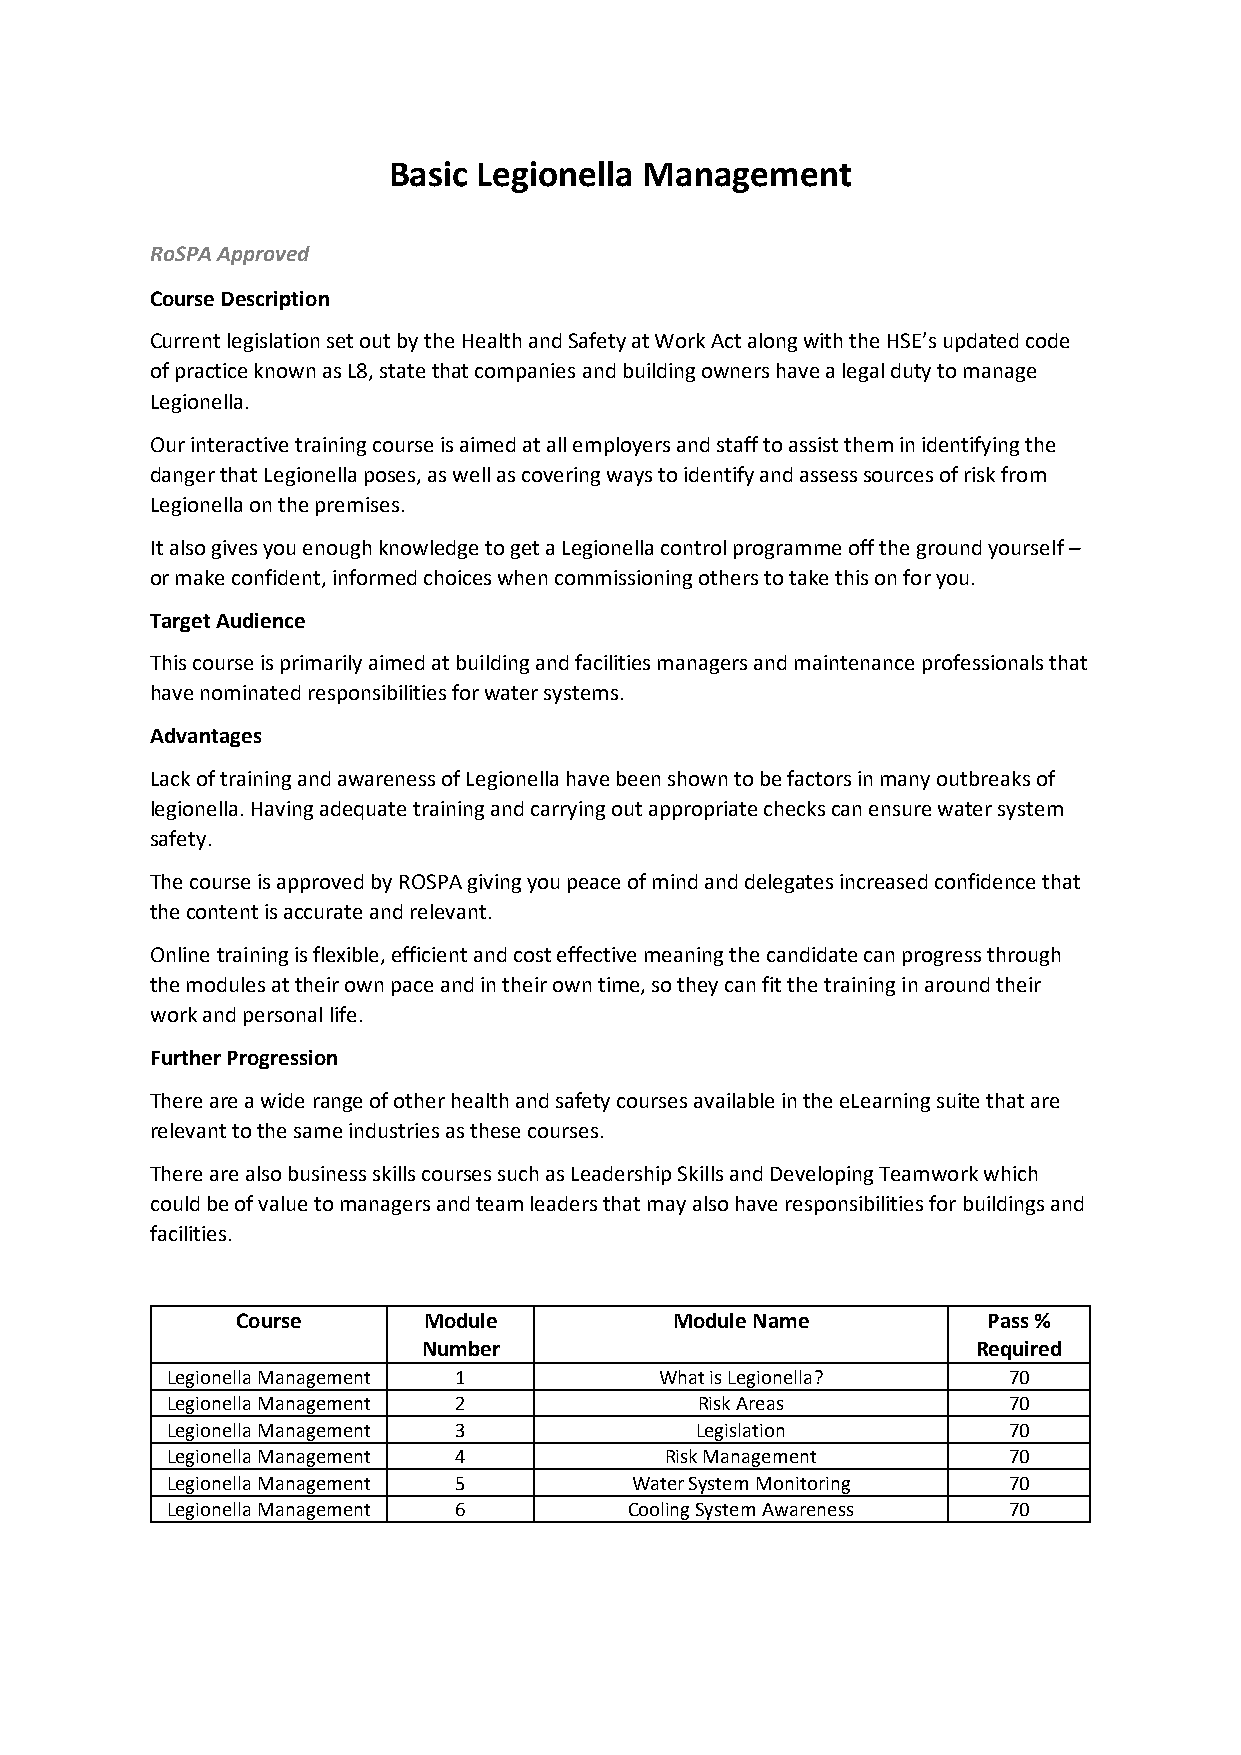
Basic Legionella Management
 RoSPA Approved
 Course Description
 Current legislation set out by the Health and Safety at Work Act along with the HSE’s updated code
 of practice known as L8, state that companies and building owners have a legal duty to manage
 Legionella.
 Our interactive training course is aimed at all employers and staff to assist them in identifying the
 danger that Legionella poses, as well as covering ways to identify and assess sources of risk from
 Legionella on the premises.
 It also gives you enough knowledge to get a Legionella control programme off the ground yourself –
 or make confident, informed choices when commissioning others to take this on for you.
 Target Audience
 This course is primarily aimed at building and facilities managers and maintenance professionals that
 have nominated responsibilities for water systems.
 Advantages
 Lack of training and awareness of Legionella have been shown to be factors in many outbreaks of
 legionella. Having adequate training and carrying out appropriate checks can ensure water system
 safety.
 The course is approved by ROSPA giving you peace of mind and delegates increased confidence that
 the content is accurate and relevant.
 Online training is flexible, efficient and cost effective meaning the candidate can progress through
 the modules at their own pace and in their own time, so they can fit the training in around their
 work and personal life.
 Further Progression
 There are a wide range of other health and safety courses available in the eLearning suite that are
 relevant to the same industries as these courses.
 There are also business skills courses such as Leadership Skills and Developing Teamwork which
 could be of value to managers and team leaders that may also have responsibilities for buildings and
 facilities.
 Course      Module           Module Name         Pass %
 Number                               Required
 Legionella Management 1          What is Legionella?    70
 Legionella Management 2            Risk Areas           70
 Legionella Management 3            Legislation          70
 Legionella Management 4          Risk Management        70
 Legionella Management 5        Water System Monitoring  70
 Legionella Management 6        Cooling System Awareness 70